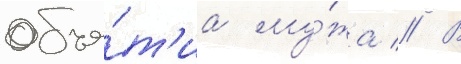
объя́т'иа му́жа // В